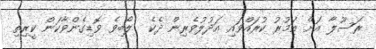
ރަސޫލާ އަށް އަމުރު ކުރައްވައި އަދުލުވެރިން ދެކެ  ލޯބިވެ ވޮޑިގެންވާކަން ކީރިތި